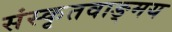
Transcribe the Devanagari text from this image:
संस्कृतवाङ्मय